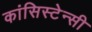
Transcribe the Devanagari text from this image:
कांसिस्टेन्सी